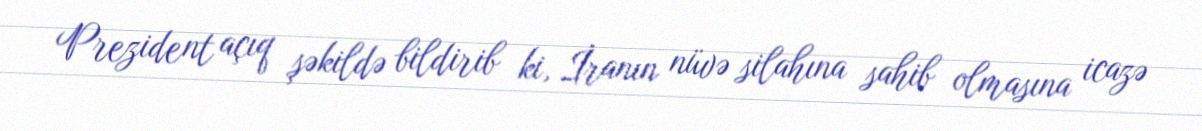
Prezident açıq şəkildə bildirib ki, İranın nüvə silahına sahib olmasına icazə